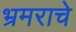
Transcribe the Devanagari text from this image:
भ्रमराचे